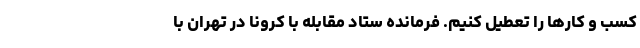
کسب و کارها را تعطیل کنیم. فرمانده ستاد مقابله با کرونا در تهران با